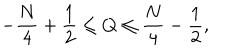
LaTeX: - \frac { N } { 4 } + \frac { 1 } { 2 } \leq Q \leq \frac { N } { 4 } - \frac { 1 } { 2 } ,